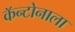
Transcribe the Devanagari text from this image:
कॅन्टोनाला